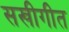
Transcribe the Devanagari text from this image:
सखीगीत